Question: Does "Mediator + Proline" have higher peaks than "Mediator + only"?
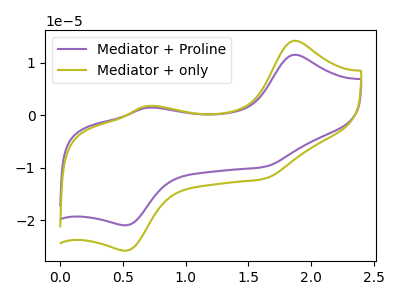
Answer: <think>The purple curve "Mediator + Proline" has anodic peaks at (1.85V, 11.55uA) (0.70V, 1.45uA) and cathodic peaks at (1.60V, -9.85uA) (0.50V, -20.95uA). The olive curve "Mediator + only" has anodic peaks at (1.85V, 14.20uA) (0.70V, 1.80uA) and cathodic peaks at (1.60V, -12.10uA) (0.50V, -25.80uA).</think>
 <answer>Every peak in "Mediator + Proline" is lower than every peak in "Mediator + only".</answer>
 <eval>lower</eval>